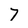
Character: 7